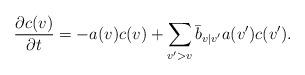
LaTeX: \begin{align*} \frac{\partial c(v)}{\partial t} = -a(v) c(v) +\sum_{v'>v} \bar b_{v|v'} a(v') c(v') .\end{align*}